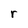
Character: r